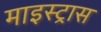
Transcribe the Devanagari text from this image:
माइस्ट्रास